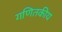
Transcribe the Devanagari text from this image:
गणितकीय